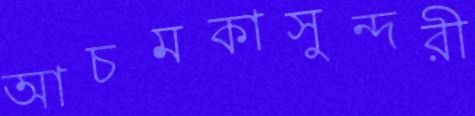
আচমকাসুন্দরী